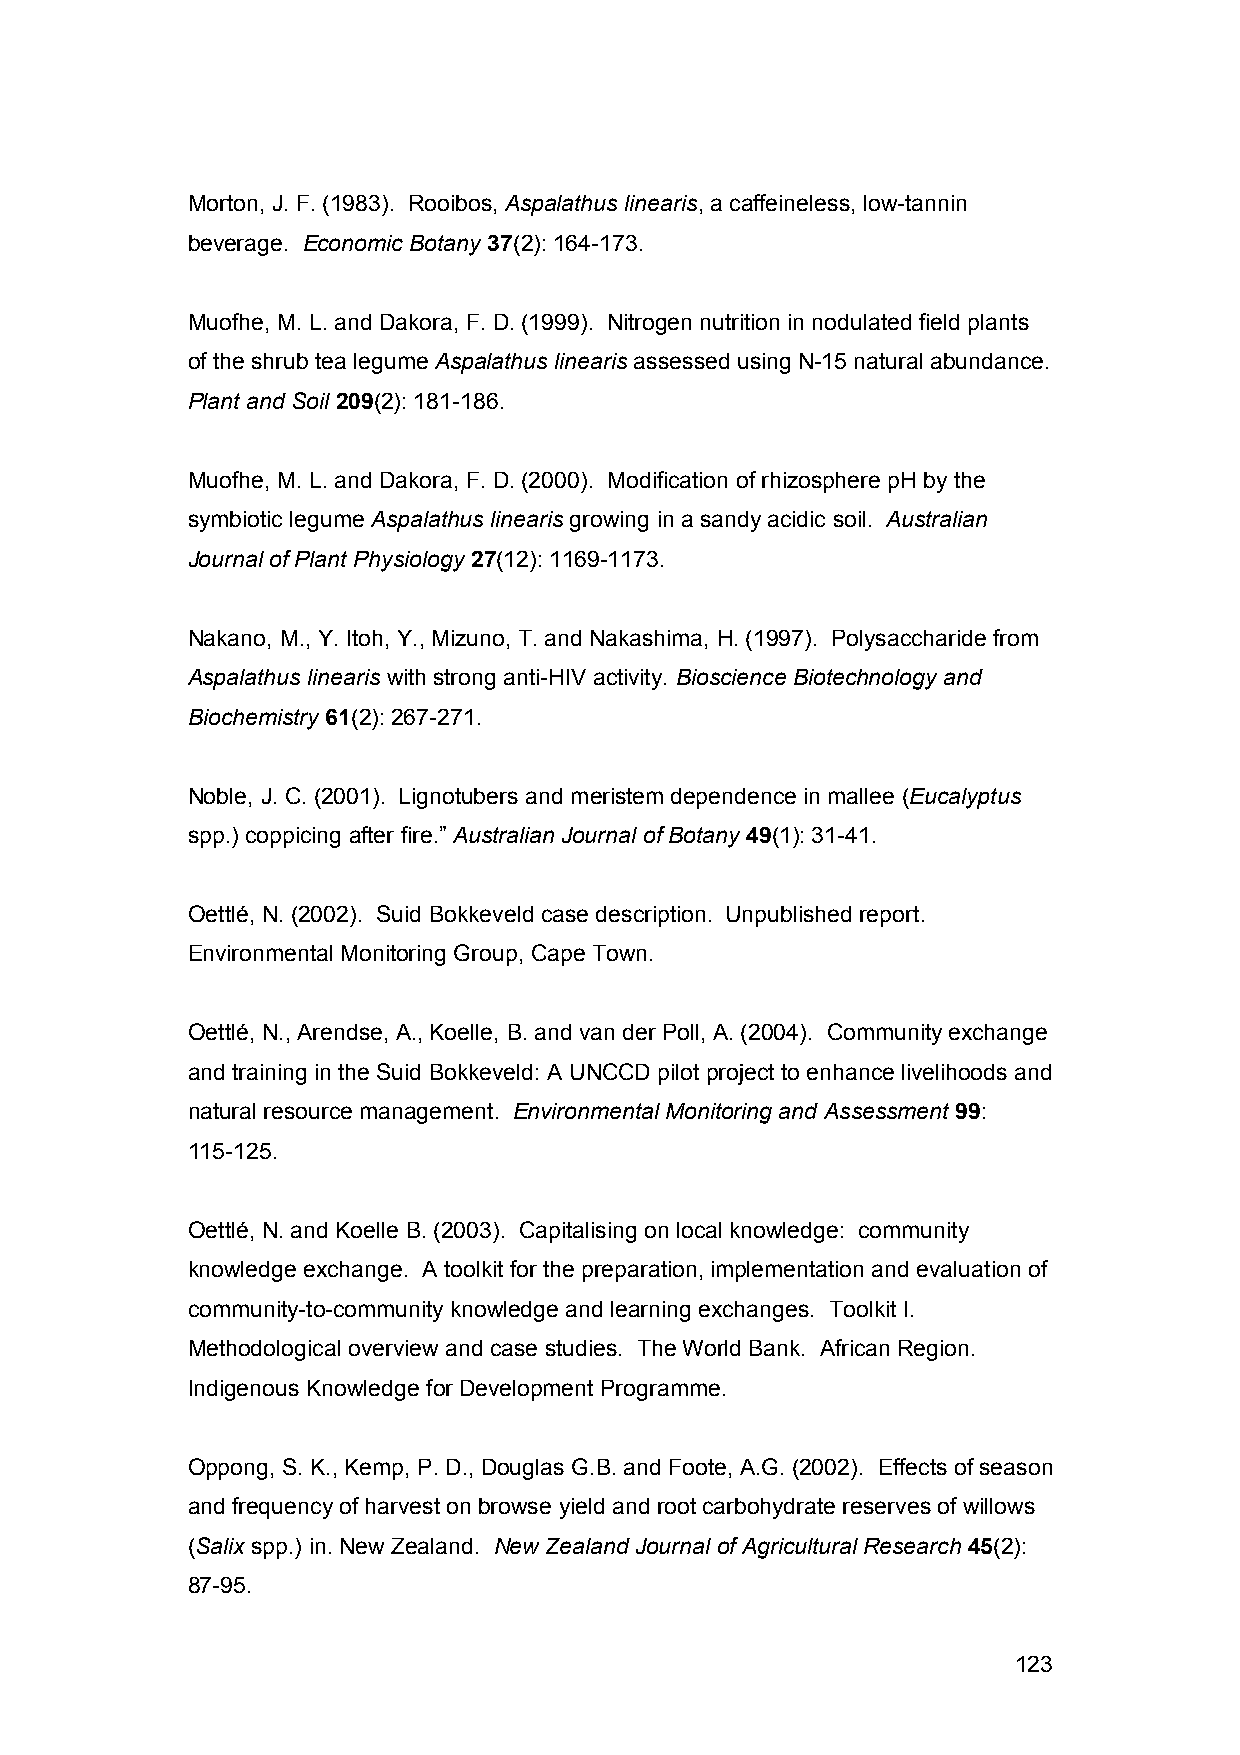
Morton, J. F. (1983). Rooibos, Aspalathus linearis, a caffeineless, low-tannin
 beverage. Economic Botany 37(2): 164-173.
 Muofhe, M. L. and Dakora, F. D. (1999). Nitrogen nutrition in nodulated field plants
 of the shrub tea legume Aspalathus linearis assessed using N-15 natural abundance.
 Plant and Soil 209(2): 181-186.
 Muofhe, M. L. and Dakora, F. D. (2000). Modification of rhizosphere pH by the
 symbiotic legume Aspalathus linearis growing in a sandy acidic soil. Australian
 Journal of Plant Physiology 27(12): 1169-1173.
 Nakano, M., Y. Itoh, Y., Mizuno, T. and Nakashima, H. (1997). Polysaccharide from
 Aspalathus linearis with strong anti-HIV activity. Bioscience Biotechnology and
 Biochemistry 61(2): 267-271.
 Noble, J. C. (2001). Lignotubers and meristem dependence in mallee (Eucalyptus
 spp.) coppicing after fire.” Australian Journal of Botany 49(1): 31-41.
 Oettlé, N. (2002). Suid Bokkeveld case description. Unpublished report.
 Environmental Monitoring Group, Cape Town.
 Oettlé, N., Arendse, A., Koelle, B. and van der Poll, A. (2004). Community exchange
 and training in the Suid Bokkeveld: A UNCCD pilot project to enhance livelihoods and
 natural resource management. Environmental Monitoring and Assessment 99:
 115-125.
 Oettlé, N. and Koelle B. (2003). Capitalising on local knowledge: community
 knowledge exchange. A toolkit for the preparation, implementation and evaluation of
 community-to-community knowledge and learning exchanges. Toolkit I.
 Methodological overview and case studies. The World Bank. African Region.
 Indigenous Knowledge for Development Programme.
 Oppong, S. K., Kemp, P. D., Douglas G.B. and Foote, A.G. (2002). Effects of season
 and frequency of harvest on browse yield and root carbohydrate reserves of willows
 (Salix spp.) in. New Zealand. New Zealand Journal of Agricultural Research 45(2):
 87-95.
 123